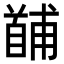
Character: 𩠤